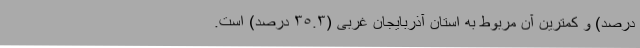
درصد) و کمترین آن مربوط به استان­ آذربایجان غربی (٣٥.٣ درصد) است.